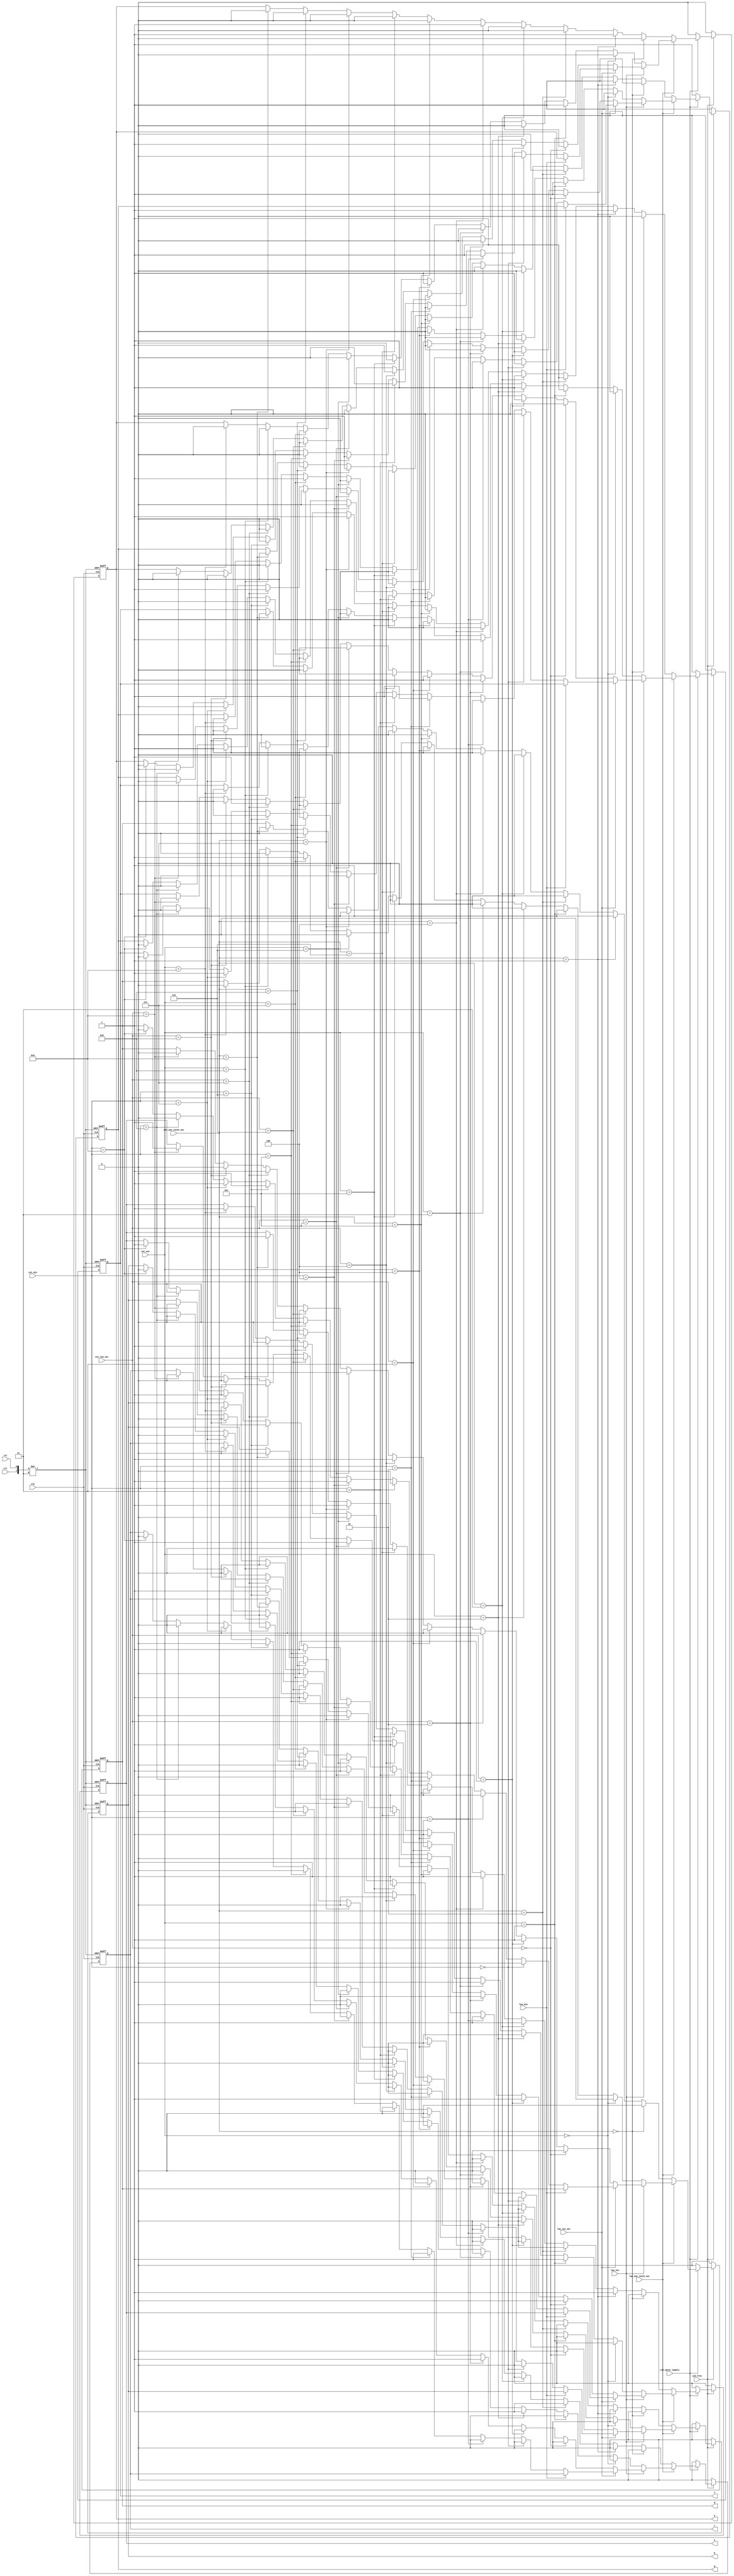


// 

module Seven_segment_digital_tube_ignite (clk, rst, clr, Led_free, Led_water_supply, 
													   a, b, c, d, e, f, g,
												      low_min, low_ten_sec, low_sec, low_one_tenth_sec,
														cnt_one_tenth_sec, cnt_sec, cnt_ten_sec, cnt_min);
	
	input clk, rst, clr;
	input Led_free, Led_water_supply;
	input low_min, low_ten_sec, low_sec, low_one_tenth_sec;	
	input [3:0] cnt_one_tenth_sec, cnt_sec, cnt_ten_sec, cnt_min;
	
	output reg a, b, c, d, e, f, g;
	
	
	always @(posedge clk or negedge rst or negedge clr)
		begin
			if (!rst)
				begin a <= 0; b <= 0; c <= 0; d <= 0; e <= 0; f <= 0; g <= 1; end
			else if (!clr)
				begin a <= 0; b <= 0; c <= 0; d <= 0; e <= 0; f <= 0; g <= 1; end
			else if (!Led_free)
				begin a <= 0; b <= 0; c <= 0; d <= 0; e <= 0; f <= 0; g <= 1; end
			else if (!Led_water_supply)
				begin a <= 0; b <= 0; c <= 0; d <= 0; e <= 0; f <= 0; g <= 1; end
			else if (low_one_tenth_sec == 0)
				begin
					if (cnt_one_tenth_sec == 0)
						begin a <= 0; b <= 0; c <= 0; d <= 0; e <= 0; f <= 0; g <= 1; end //0
					else if (cnt_one_tenth_sec == 1)
						begin	a <= 1; b <= 0; c <= 0; d <= 1; e <= 1; f <= 1; g <= 1; end	//1
					else if (cnt_one_tenth_sec == 2)
						begin	a <= 0; b <= 0; c <= 1; d <= 0; e <= 0; f <= 1; g <= 0; end	//2
					else if (cnt_one_tenth_sec == 3)
						begin	a <= 0; b <= 0; c <= 0; d <= 0; e <= 1; f <= 1; g <= 0; end	//3
					else if (cnt_one_tenth_sec == 4)
						begin	a <= 1; b <= 0; c <= 0; d <= 1; e <= 1; f <= 0; g <= 0; end	//4
					else if (cnt_one_tenth_sec == 5)
						begin	a <= 0; b <= 1; c <= 0; d <= 0; e <= 1; f <= 0; g <= 0; end	//5
					else if (cnt_one_tenth_sec == 6)
						begin	a <= 0; b <= 1; c <= 0; d <= 0; e <= 0; f <= 0; g <= 0; end	//6
					else if (cnt_one_tenth_sec == 7)
						begin	a <= 0; b <= 0; c <= 0; d <= 1; e <= 1; f <= 1; g <= 1; end	//7
					else if (cnt_one_tenth_sec == 8)
						begin	a <= 0; b <= 0; c <= 0; d <= 0; e <= 0; f <= 0; g <= 0; end	//8
					else if (cnt_one_tenth_sec == 9)
						begin	a <= 0; b <= 0; c <= 0; d <= 0; e <= 1; f <= 0; g <= 0; end	//9
				end
			else if (low_sec == 0)
				begin
					if (cnt_sec == 0)
						begin a <= 0; b <= 0; c <= 0; d <= 0; e <= 0; f <= 0; g <= 1; end //0
					else if (cnt_sec == 1)
						begin	a <= 1; b <= 0; c <= 0; d <= 1; e <= 1; f <= 1; g <= 1; end	//1
					else if (cnt_sec == 2)
						begin	a <= 0; b <= 0; c <= 1; d <= 0; e <= 0; f <= 1; g <= 0; end	//2
					else if (cnt_sec == 3)
						begin	a <= 0; b <= 0; c <= 0; d <= 0; e <= 1; f <= 1; g <= 0; end	//3
					else if (cnt_sec == 4)
						begin	a <= 1; b <= 0; c <= 0; d <= 1; e <= 1; f <= 0; g <= 0; end	//4
					else if (cnt_sec == 5)
						begin	a <= 0; b <= 1; c <= 0; d <= 0; e <= 1; f <= 0; g <= 0; end	//5
					else if (cnt_sec == 6)
						begin	a <= 0; b <= 1; c <= 0; d <= 0; e <= 0; f <= 0; g <= 0; end	//6
					else if (cnt_sec == 7)
						begin	a <= 0; b <= 0; c <= 0; d <= 1; e <= 1; f <= 1; g <= 1; end	//7
					else if (cnt_sec == 8)
						begin	a <= 0; b <= 0; c <= 0; d <= 0; e <= 0; f <= 0; g <= 0; end	//8
					else if (cnt_sec == 9)
						begin	a <= 0; b <= 0; c <= 0; d <= 0; e <= 1; f <= 0; g <= 0; end	//9
				end
			else if (low_ten_sec == 0)
				begin
					if (cnt_ten_sec == 0)
						begin a <= 0; b <= 0; c <= 0; d <= 0; e <= 0; f <= 0; g <= 1; end //0
					else if (cnt_ten_sec == 1)
						begin	a <= 1; b <= 0; c <= 0; d <= 1; e <= 1; f <= 1; g <= 1; end	//1
					else if (cnt_ten_sec == 2)
						begin	a <= 0; b <= 0; c <= 1; d <= 0; e <= 0; f <= 1; g <= 0; end	//2
					else if (cnt_ten_sec == 3)
						begin	a <= 0; b <= 0; c <= 0; d <= 0; e <= 1; f <= 1; g <= 0; end	//3
					else if (cnt_ten_sec == 4)
						begin	a <= 1; b <= 0; c <= 0; d <= 1; e <= 1; f <= 0; g <= 0; end	//4
					else if (cnt_ten_sec == 5)
						begin	a <= 0; b <= 1; c <= 0; d <= 0; e <= 1; f <= 0; g <= 0; end	//5
					else if (cnt_ten_sec == 6)
						begin	a <= 0; b <= 1; c <= 0; d <= 0; e <= 0; f <= 0; g <= 0; end	//6
					else if (cnt_ten_sec == 7)
						begin	a <= 0; b <= 0; c <= 0; d <= 1; e <= 1; f <= 1; g <= 1; end	//7
					else if (cnt_ten_sec == 8)
						begin	a <= 0; b <= 0; c <= 0; d <= 0; e <= 0; f <= 0; g <= 0; end	//8
					else if (cnt_ten_sec == 9)
						begin	a <= 0; b <= 0; c <= 0; d <= 0; e <= 1; f <= 0; g <= 0; end	//9
				end
			else if (low_min == 0)
				begin
					if (cnt_min == 0)
						begin a <= 0; b <= 0; c <= 0; d <= 0; e <= 0; f <= 0; g <= 1; end //0
					else if (cnt_min == 1)
						begin	a <= 1; b <= 0; c <= 0; d <= 1; e <= 1; f <= 1; g <= 1; end	//1
					else if (cnt_min == 2)
						begin	a <= 0; b <= 0; c <= 1; d <= 0; e <= 0; f <= 1; g <= 0; end	//2
					else if (cnt_min == 3)
						begin	a <= 0; b <= 0; c <= 0; d <= 0; e <= 1; f <= 1; g <= 0; end	//3
					else if (cnt_min == 4)
						begin	a <= 1; b <= 0; c <= 0; d <= 1; e <= 1; f <= 0; g <= 0; end	//4
					else if (cnt_min == 5)
						begin	a <= 0; b <= 1; c <= 0; d <= 0; e <= 1; f <= 0; g <= 0; end	//5
					else if (cnt_min == 6)
						begin	a <= 0; b <= 1; c <= 0; d <= 0; e <= 0; f <= 0; g <= 0; end	//6
					else if (cnt_min == 7)
						begin	a <= 0; b <= 0; c <= 0; d <= 1; e <= 1; f <= 1; g <= 1; end	//7
					else if (cnt_min == 8)
						begin	a <= 0; b <= 0; c <= 0; d <= 0; e <= 0; f <= 0; g <= 0; end	//8
					else if (cnt_min == 9)
						begin	a <= 0; b <= 0; c <= 0; d <= 0; e <= 1; f <= 0; g <= 0; end	//9
				end
		end
	
endmodule